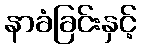
နာခံခြင်းနှင့်